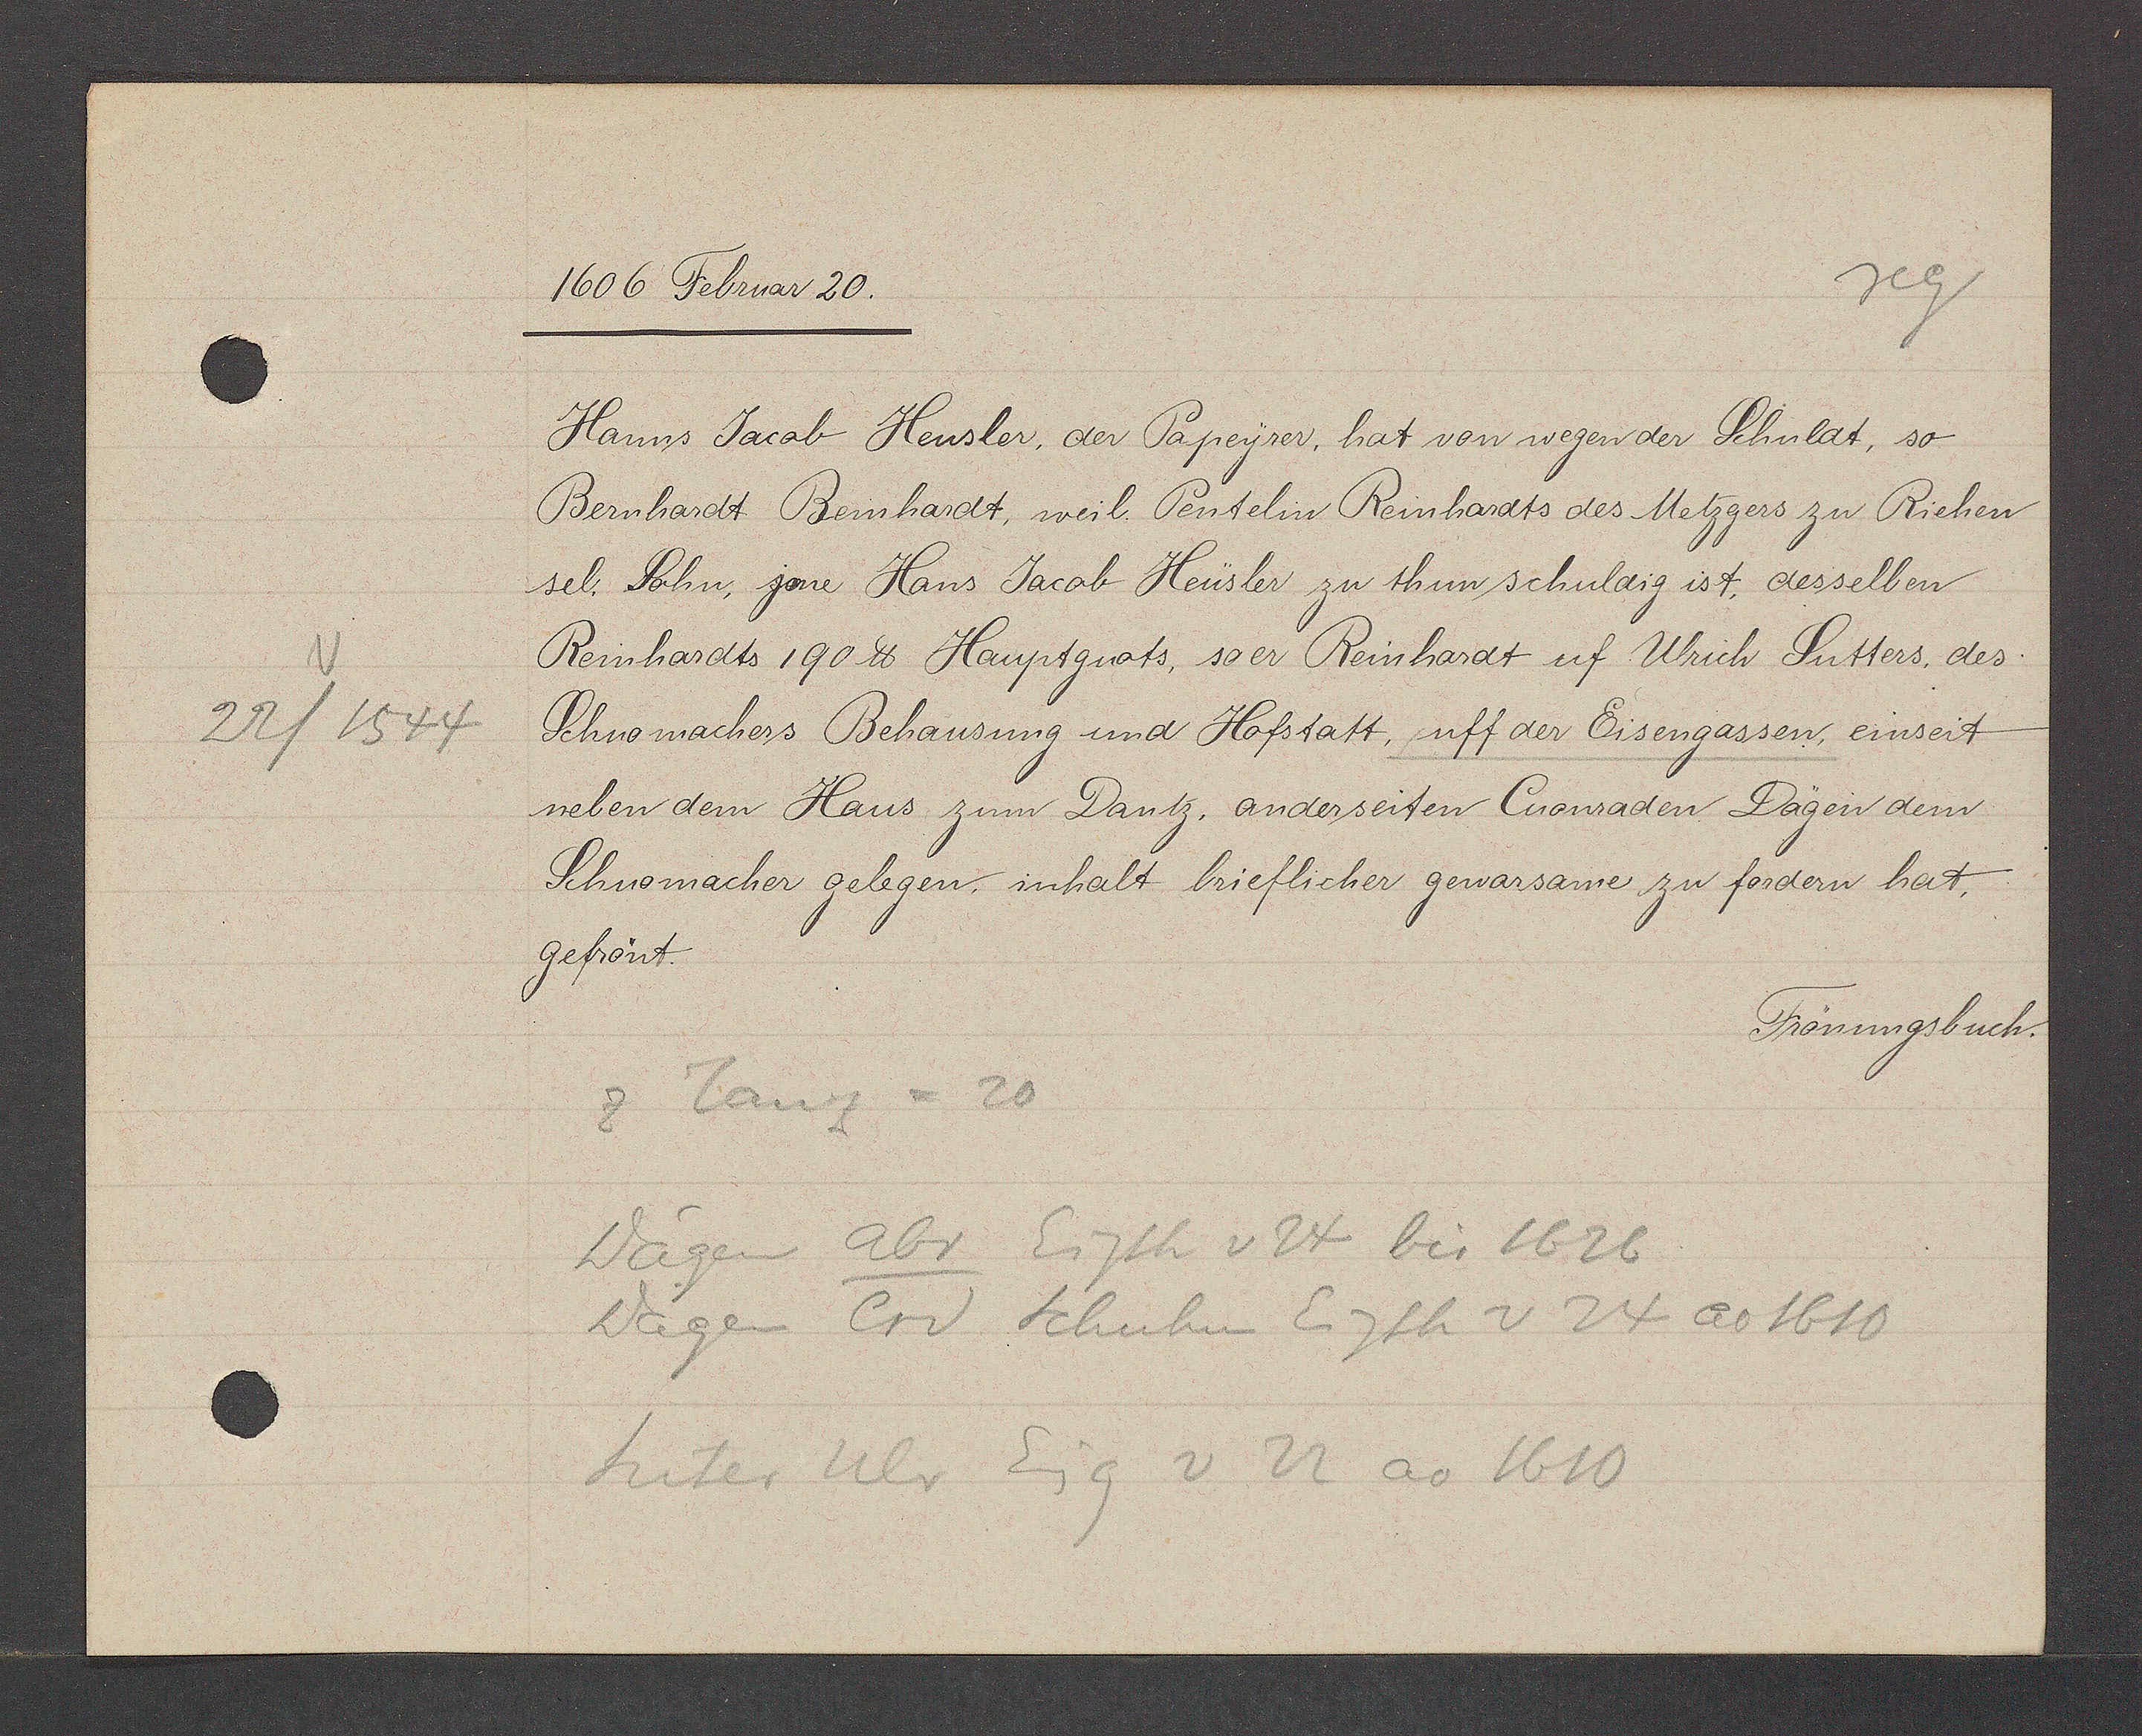
Transcript:
22/ 1544

1606 Februar 20.
Hanns Jacob Heusler, der Papeyrer, hat von wegen der Schuldt, so
Bernhardt Beinhardt, weil. Pentelin Reinhardts des Metzgers zu Riehen
sel. Sohn, jeme Haus Jacob Heusler zu thun schuldig ist, desselben
Reinhardts 190 ℔ Hauptguots, so er Reinhardt uf Ulrich Sutters. des:
Schuomachers Behausung und Hofstatt, uff der Eisengassen, einseit
neben dem Haus zum Dantz, anderseiten Cuonraden Dägen dem
Schuomacher gelegen. inhalt brieflicher gewarsame zu fordern hat.
gefrönt.
Frönungsbuch.
z Tanz = 20
Dägen Abr Eigth v 24 bis 1626
Dägen Crd Schuhm Eigth v 24 ao 1610
Suter Ulr Eig v 22 ao 1610